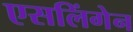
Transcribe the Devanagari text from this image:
एसलिंगेन